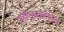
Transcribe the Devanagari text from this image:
सोलरस्टोमन